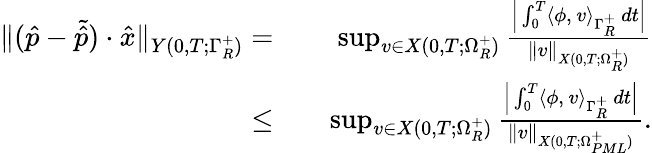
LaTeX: \begin{array}{r}{\begin{array}{rlr}{\| (\hat{p}-\tilde{\hat{p}})\cdot\hat{x}\| _{Y(0,T;\Gamma_{R}^{+})}=}&{}&{\operatorname*{sup}_{v\in X(0,T;\Omega_{R}^{+})}\frac{\Big|\int_{0}^{T}\langle\phi,\, v\rangle_{\Gamma_{R}^{+}}\, dt\Big|}{\| v\| _{X(0,T;\Omega_{R}^{+})}}}\\ {\leq}&{}&{\operatorname*{sup}_{v\in X(0,T;\Omega_{R}^{+})}\frac{\Big|\int_{0}^{T}\langle\phi,\, v\rangle_{\Gamma_{R}^{+}}\, dt\Big|}{\| v\| _{X(0,T;\Omega_{PML}^{+})}}.}\end{array}}\end{array}